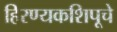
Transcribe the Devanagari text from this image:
हिरण्यकशिपूचे